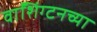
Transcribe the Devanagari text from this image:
वाॅशिंग्टनच्या